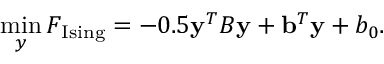
\operatorname* { m i n } _ { y } F _ { \mathrm { I s i n g } } = - 0 . 5 { \bf y } ^ { T } B { \bf y } + { \bf b } ^ { T } { \bf y } + b _ { 0 } .